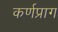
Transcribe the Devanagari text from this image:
कर्णप्राग